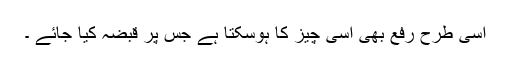
اسی طرح رفع بھی اسی چیز کا ہوسکتا ہے جس پر قبضہ کیا جائے ۔